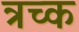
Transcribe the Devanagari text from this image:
त्रच्क